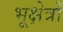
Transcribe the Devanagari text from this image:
भूक्षेत्रों